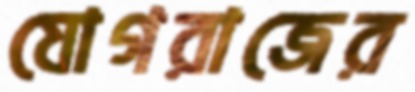
যোগরাজের